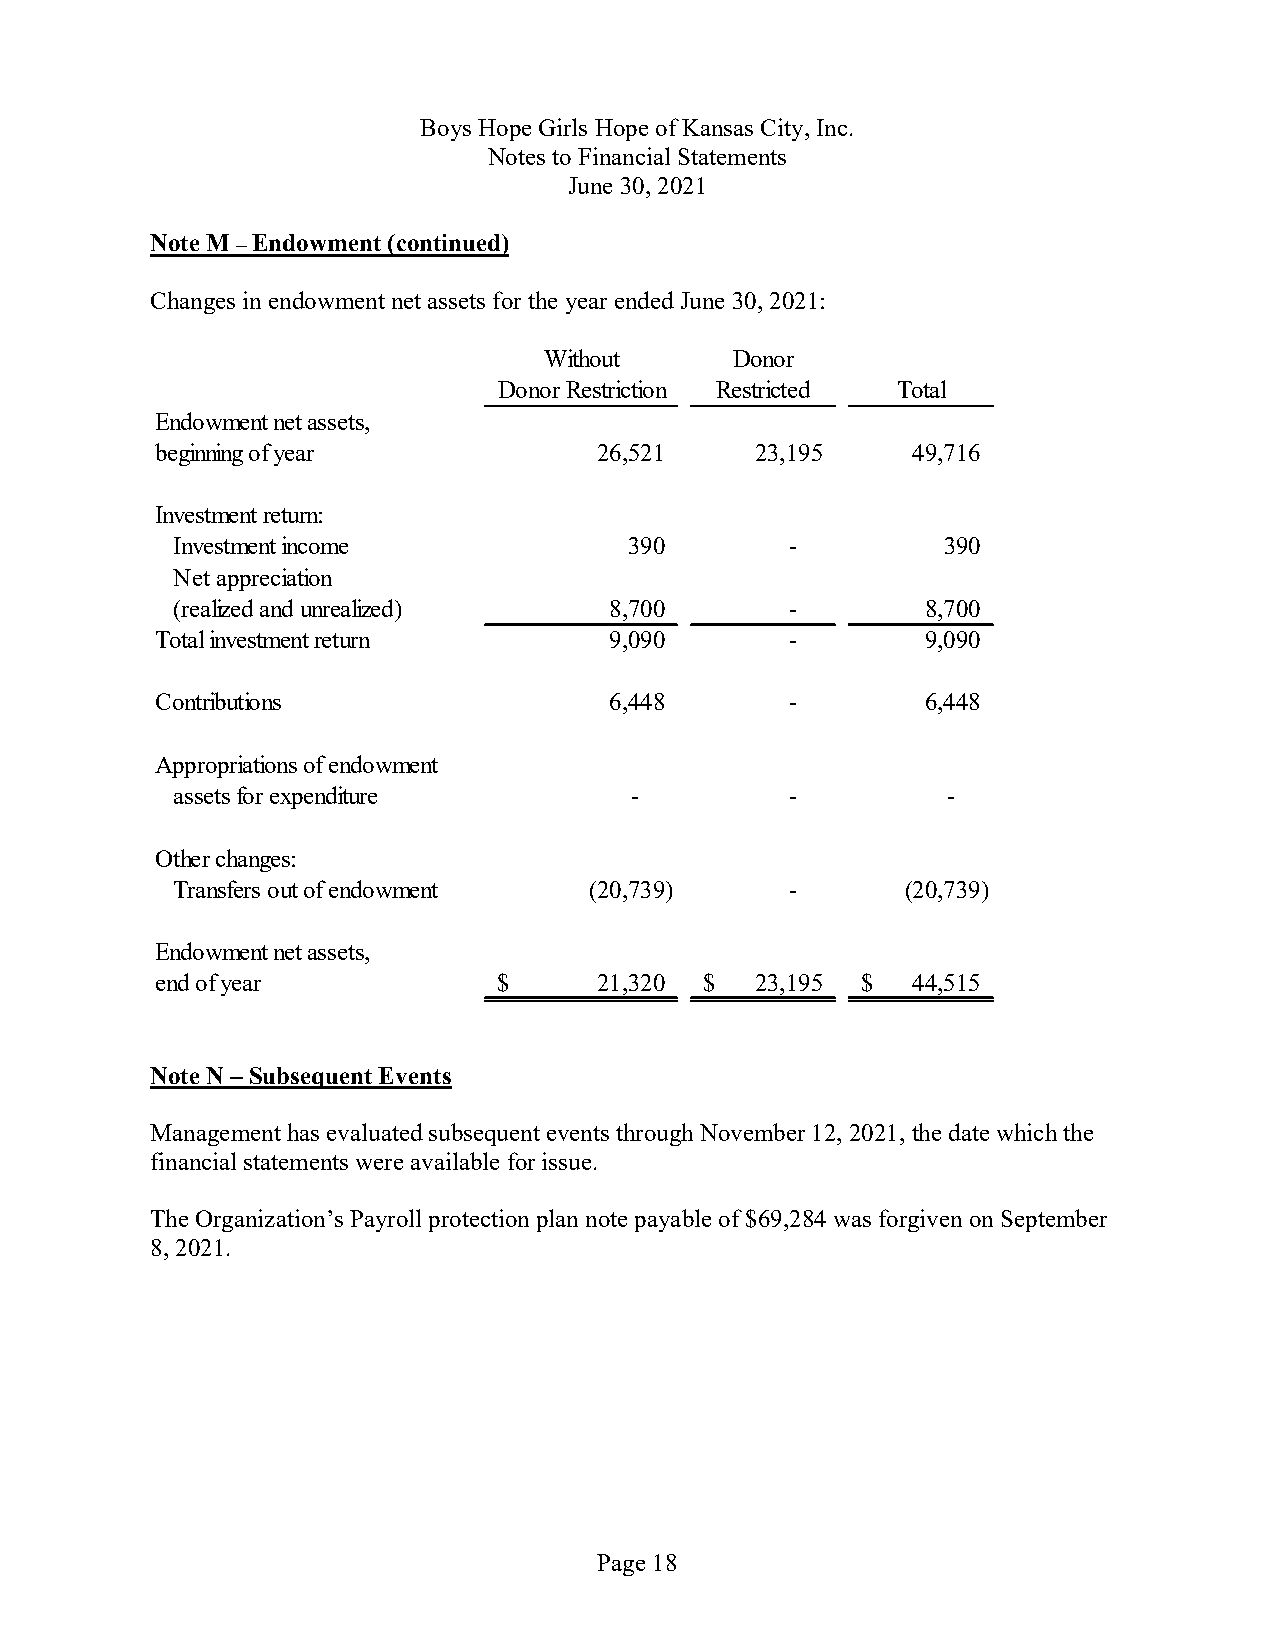
Boys Hope Girls Hope of Kansas City, Inc.
 Notes to Financial Statements
 June 30, 2021
 Note M–Endowment(continued)
 Changes in endowment net assets for the year ended June 30, 2021:
 Without      Donor
 Donor Restriction Restricted Total
 Endowment net assets,
 beginning of year             26,521    23,195    49,716
 Investment return:
 Investment income              390       -         390
 Net appreciation
 (realized and unrealized)    8,700       -        8,700
 Total investment return       9,090       -        9,090
 Contributions                 6,448       -        6,448
 Appropriations of endowment
 assets for expenditure         -         -          -
 Other changes:
 Transfers out of endowment  (20,739)     -       (20,739)
 Endowment net assets,
 end of year            $      21,320 $  23,195 $  44,515
 Note N–Subsequent Events
 Management has evaluated subsequent events through November 12, 2021,the datewhich the
 financial statements were available for issue.
 The Organization’s Payroll protection plan note payable of $69,284 was forgiven on September
 8, 2021.
 Page 18